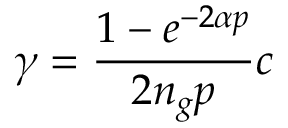
\gamma = \frac { 1 - e ^ { - 2 \alpha p } } { 2 n _ { g } p } c